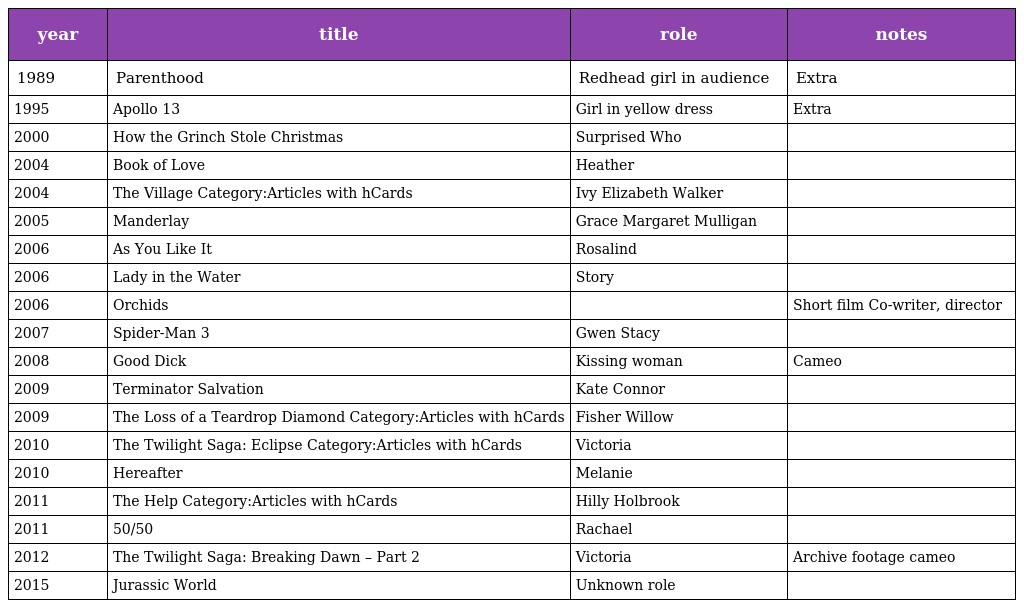
| year | title | role | notes |
 | --- | --- | --- | --- |
 | 1989 | Parenthood | Redhead girl in audience | Extra |
 | 1995 | Apollo 13 | Girl in yellow dress | Extra |
 | 2000 | How the Grinch Stole Christmas | Surprised Who |  |
 | 2004 | Book of Love | Heather |  |
 | 2004 | The Village Category:Articles with hCards | Ivy Elizabeth Walker |  |
 | 2005 | Manderlay | Grace Margaret Mulligan |  |
 | 2006 | As You Like It | Rosalind |  |
 | 2006 | Lady in the Water | Story |  |
 | 2006 | Orchids |  | Short film Co-writer, director |
 | 2007 | Spider-Man 3 | Gwen Stacy |  |
 | 2008 | Good Dick | Kissing woman | Cameo |
 | 2009 | Terminator Salvation | Kate Connor |  |
 | 2009 | The Loss of a Teardrop Diamond Category:Articles with hCards | Fisher Willow |  |
 | 2010 | The Twilight Saga: Eclipse Category:Articles with hCards | Victoria |  |
 | 2010 | Hereafter | Melanie |  |
 | 2011 | The Help Category:Articles with hCards | Hilly Holbrook |  |
 | 2011 | 50/50 | Rachael |  |
 | 2012 | The Twilight Saga: Breaking Dawn – Part 2 | Victoria | Archive footage cameo |
 | 2015 | Jurassic World | Unknown role |  |